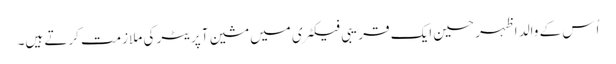
اُس کے والد اظہر حسین ایک قریبی فیکٹری میں مشین آپریٹر کی ملازمت کرتے ہیں۔